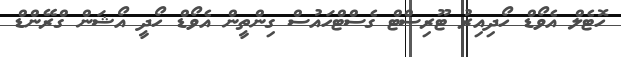
ހޮޓެލް އެވޯޑް ހޯދިއިރު ޓޫރިސްޓް ގެސްޓްހައުސް ގިންތީން އެވޯޑް ހޯދީ އޯޝަން ގްރޭންޑް